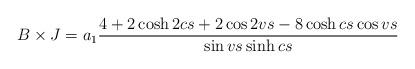
LaTeX: \begin{align*}B \times J =a_1\frac{4+2\cosh 2cs + 2\cos 2vs -8\cosh cs \cos vs}{\sin vs \sinh cs}\end{align*}